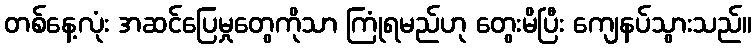
တစ်နေ့လုံး အဆင်ပြေမှုတွေကိုသာ ကြုံရမည်ဟု တွေးမိပြီး ကျေနပ်သွားသည်။